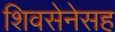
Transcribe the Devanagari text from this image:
शिवसेनेसह